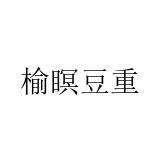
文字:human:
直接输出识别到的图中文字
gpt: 榆瞑豆重